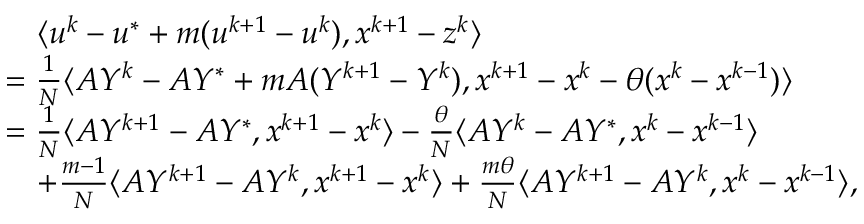
\begin{array} { r l } & { \quad \langle u ^ { k } - u ^ { * } + m ( u ^ { k + 1 } - u ^ { k } ) , x ^ { k + 1 } - z ^ { k } \rangle } \\ & { = \frac { 1 } { N } \langle A Y ^ { k } - A Y ^ { * } + m A ( Y ^ { k + 1 } - Y ^ { k } ) , x ^ { k + 1 } - x ^ { k } - \theta ( x ^ { k } - x ^ { k - 1 } ) \rangle } \\ & { = \frac { 1 } { N } \langle A Y ^ { k + 1 } - A Y ^ { * } , x ^ { k + 1 } - x ^ { k } \rangle - \frac { \theta } { N } \langle A Y ^ { k } - A Y ^ { * } , x ^ { k } - x ^ { k - 1 } \rangle } \\ & { \quad + \frac { m - 1 } { N } \langle A Y ^ { k + 1 } - A Y ^ { k } , x ^ { k + 1 } - x ^ { k } \rangle + \frac { m \theta } { N } \langle A Y ^ { k + 1 } - A Y ^ { k } , x ^ { k } - x ^ { k - 1 } \rangle , } \end{array}